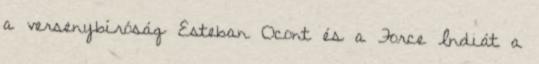
a versenybíróság Esteban Ocont és a Force Indiát a